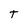
Character: T